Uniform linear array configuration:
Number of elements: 24
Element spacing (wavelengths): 0.25
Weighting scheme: hamming
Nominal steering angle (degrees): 0
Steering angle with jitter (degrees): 0.2085
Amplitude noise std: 0.05
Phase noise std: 0.05

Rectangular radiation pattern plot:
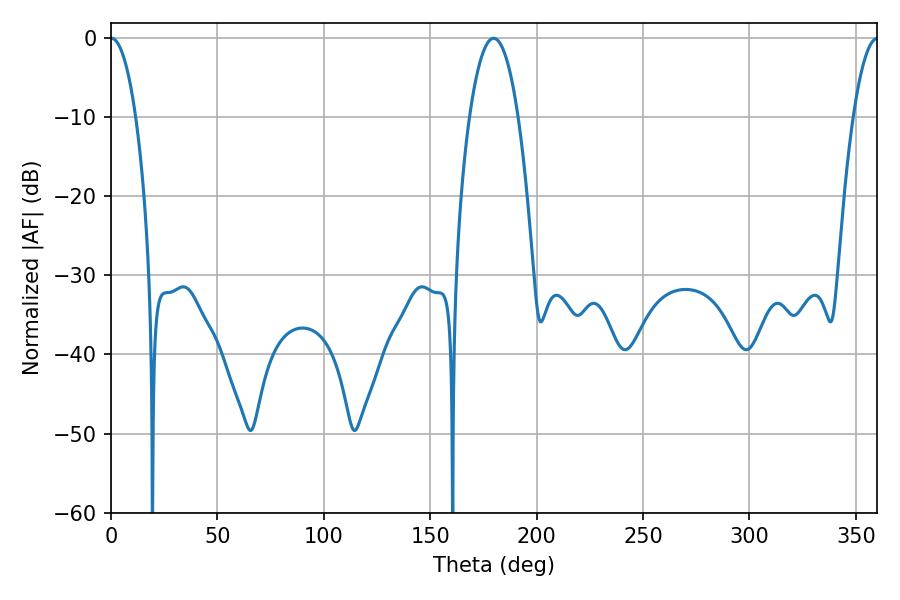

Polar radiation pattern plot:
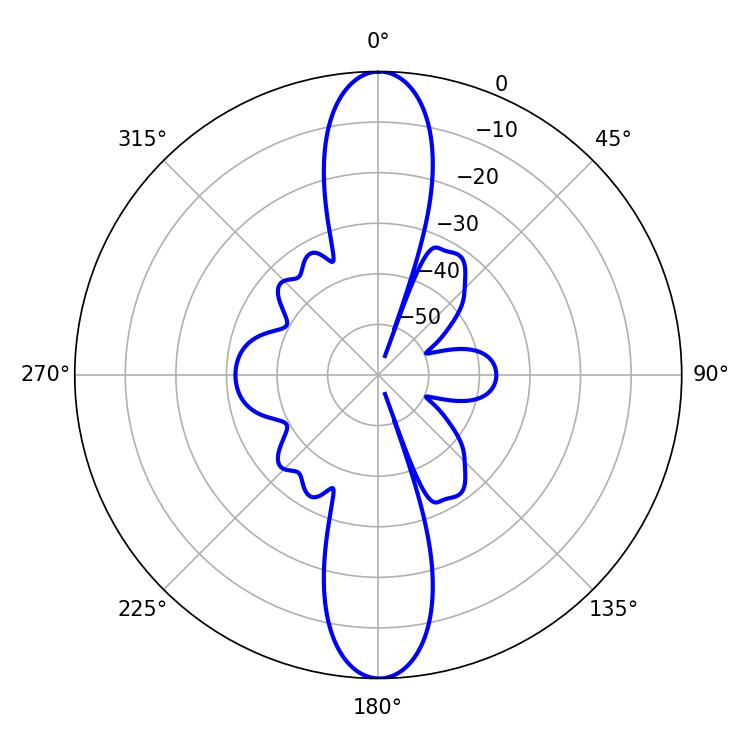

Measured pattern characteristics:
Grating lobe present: FALSE
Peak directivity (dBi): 33.035
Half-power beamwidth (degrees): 6.48
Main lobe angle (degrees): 0.18